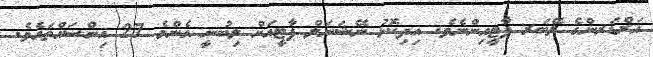
އަރްޑަރންގެ ލޭބަރ ޕާޓީއިންނެވެ. އިދިކޮޅު ނޭޝަނަލް ޕާޓީއަށް ލިބުނީ އެންމެ 27 އިންސައްތައެވެ.